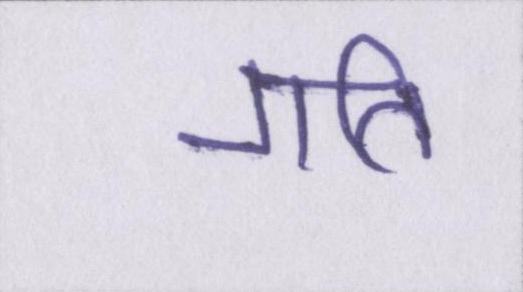
गति